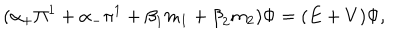
LaTeX: ( { \alpha } _ { + } { \Pi } ^ { 1 } + { \alpha } _ { - } { \pi } ^ { 1 } + { \beta } _ { 1 } m _ { 1 } + { \beta } _ { 2 } m _ { 2 } ) { \Phi } = ( E + V ) { \Phi } ,